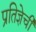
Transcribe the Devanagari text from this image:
प्रतिज्ञेची